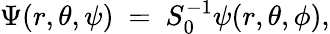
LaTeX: \Psi(r,\theta,\psi)~=~S_{0}^{-1}\psi(r,\theta,\phi),